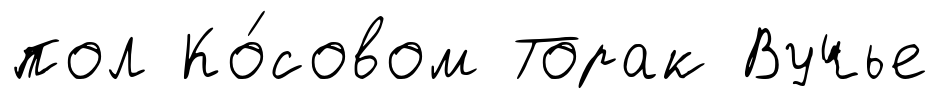
пол Ко́совом Торак Вучье